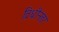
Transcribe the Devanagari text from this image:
विधीनंतर